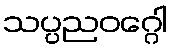
သပ္ပညဝဂ္ဂေါ